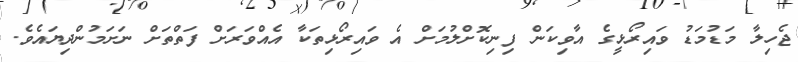
ޖެހިލާ މަޑުމަޑު ވައިރޯޅީގެ އާވިކަން ފިނިކޮށްލުމަށް އެ ވައިރޯޅިތަކާ އެއްވަރަށް ފަތްތަށް ނަށަމުންދިޔައެވެ.